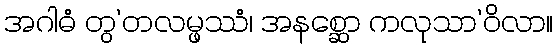
အဂါဓံ တွ’တလမ္ဖဿံ၊ အနစ္ဆော ကလုသာ’ဝိလာ။